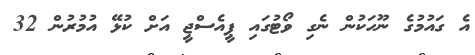
އެ ގައުމުގެ ނޫހަކުން ނެގި ވޯޓުގައި ޕީއެސްޖީ އަށް ކުޅޭ އުމުރުން 32